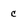
Character: c